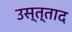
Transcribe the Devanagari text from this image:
उस्त्ताद